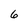
Character: 6